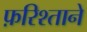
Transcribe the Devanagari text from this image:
फ़रिश्ताने